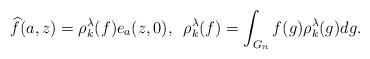
LaTeX: \begin{align*} \widehat{f}(a,z) = \rho_k^\lambda(f)e_a(z,0),\,\,\, \rho_k^\lambda(f) = \int_{G_n} f(g) \rho_k^\lambda(g) dg.\end{align*}